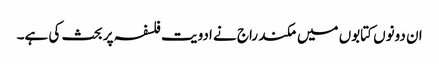
ان دونوں کتابوں میں مکند راج نے ادویت فلسفہ پر بحث کی ہے۔